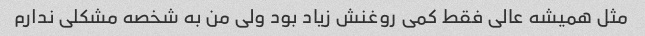
مثل همیشه عالی فقط کمی روغنش زیاد بود ولی من به شخصه مشکلی ندارم